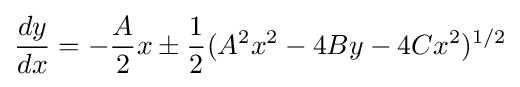
{\frac {dy}{dx}}=-{\frac {A}{2}}x\pm {\frac {1}{2}}(A^{2}x^{2}-4By-4Cx^{2})^{1/2}